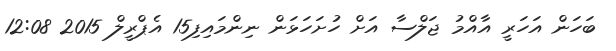
ބަހަން އަހަރީ އާއްމު ޖަލްސާ އަށް ހުށަހަޅަން ނިންމައިފި15 އެޕްރީލް 2015 12:08